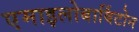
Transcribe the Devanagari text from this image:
एमाइलोबार्बिटोन